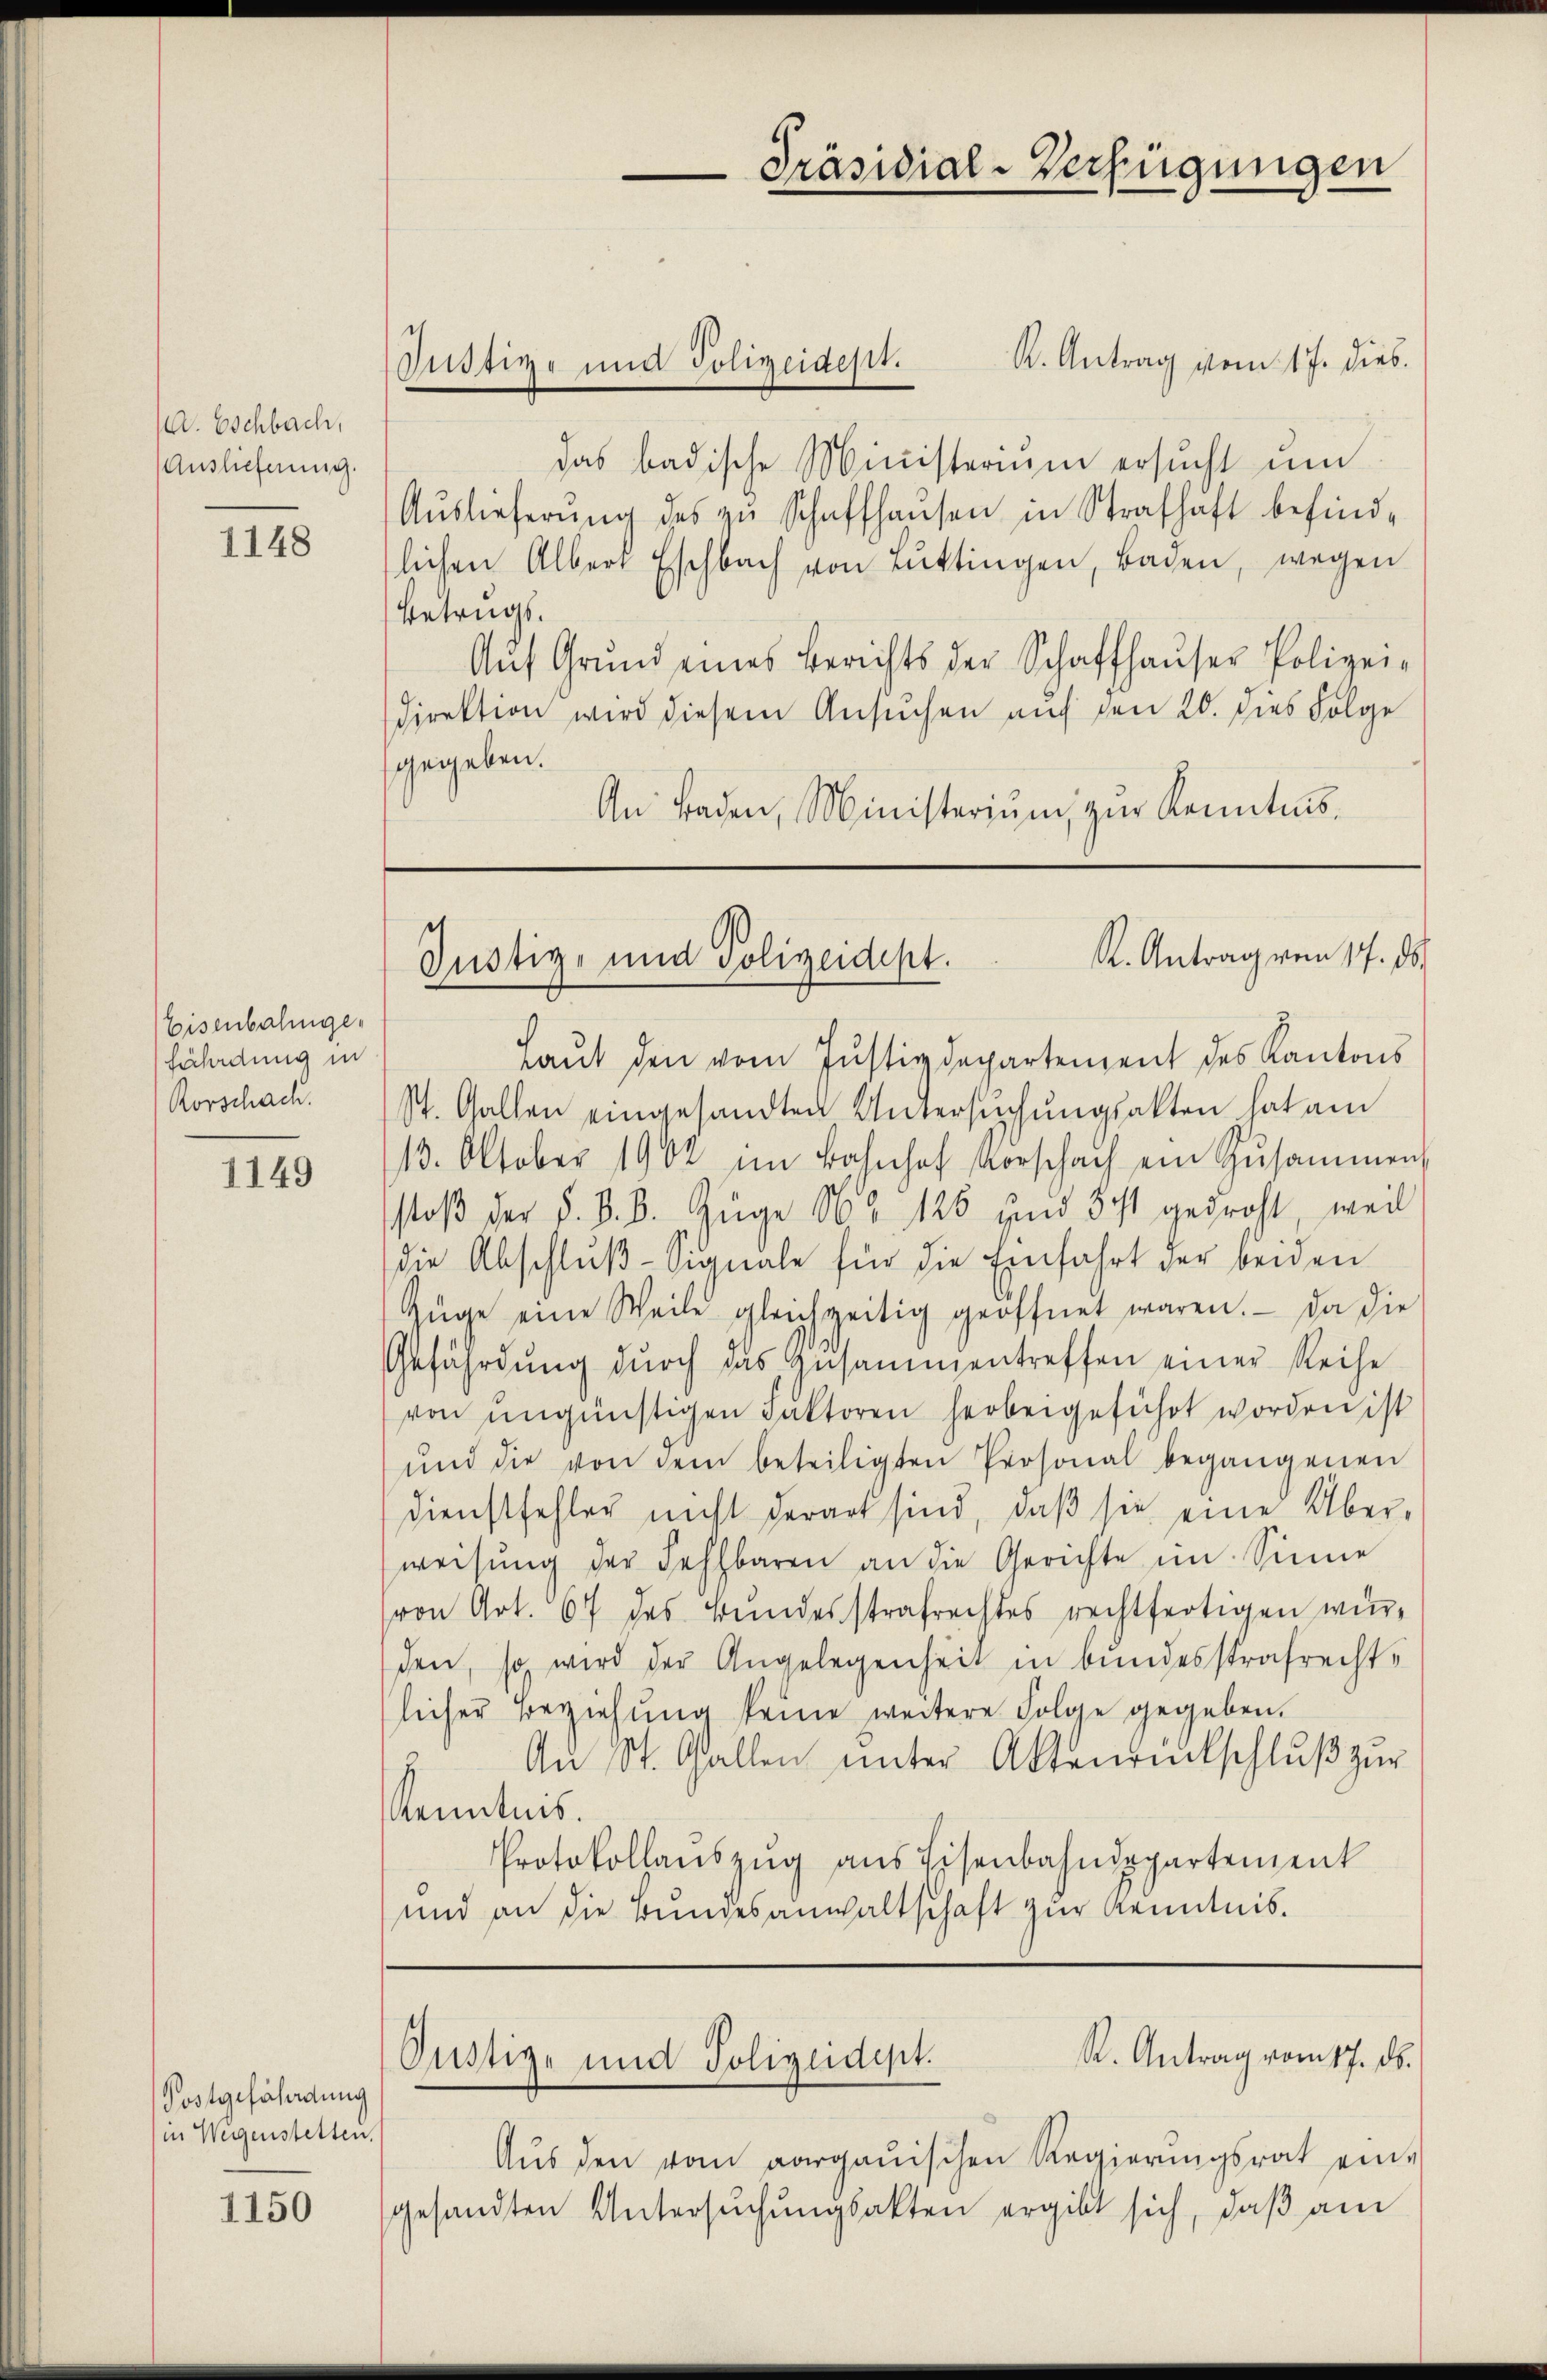
1. Eschbach,
Auslieferung.

1148

Eisenbahngefährdung in
Rorschach.

1149

Postgefährdung
in Weigenstetten.

1150

K. Antrag vom 17. dies
das badische Ministerium ersucht um
Auslieferŭng des zu Schaffhausen in Strafhaft befindlichen Alber Eschbach von Lŭttingen, Baden, wegen
Betrugs.
Aŭf Grund eines Berichts der Schaffhaŭser Polizei-
Direktion wird diesem Ansuchen auf den 20. dies Folge
gegeben.
An Baden, Ministeriŭm zŭr Kenntnis¬

Pustige und Polizeidept.

Präsidial-Verfügungen

et
K. Antrag von 17. ds.
Gustiz- und Polizeidest.

Laŭt den vom Justizdepartement des Kantons
St. Gallen eingesandten Untersuchungsakten hat am
13. Oktober 1902 im Bahnhof Vorschach ein Zŭsammen,
stoß der §. 8. B. Züge No 126 und 3 t gedroht, weil
die Abschluß-Signale für die Einfahrt der beiden
Züge eine Weile gleichzeitig geöffnet waren. Da die
Gefährdŭng dŭrch das Zusammentreffen einer Reihe
von ungünstigen Faktoren herbeigeführt worden ist
und die von dem beteiligten Personal begangenen
Dienstfehler nicht derart sind, daβ sie eine Über-
weisŭng der Fehlbaren an die Gerichte im Sinne
von Art. 67 des Bundesstrafrechtes rechtfertigen würden, so wird der Angelegenheit in bundesstrafrechte
licher Beziehŭng keine weitere Folge gegeben.
Aŭ St. Gallen ŭnter Aktenantschlŭβ zŭr
1
Kenntnis.
Protokollaŭszŭg ans Eisenbahndepartement
und an die Bŭndesanwaltschaft zur Kenntnis.

R. Antrag vom 17. ds.
Justiz- und Polizeidept.

Aŭs den vom aargauischen Regierŭngsrat ein-
gesandten Untersuchungsakten ergibt sich, daß am